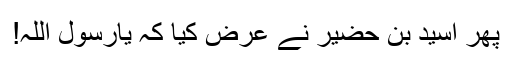
پھر اُسید بن حضیر نے عرض کیا کہ یارسولؐ اللہ!